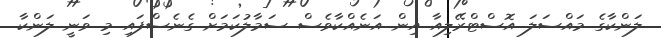
ލަންކާގެ މައްސަލަ އޮސްޓްރޭލިއާ އިން އަނެއްކާވެސް ސަމާލުކަމަށް ގެނެސްފައި މި ވަނީ ލަންކާ